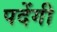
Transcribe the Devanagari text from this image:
पदेंगी